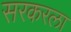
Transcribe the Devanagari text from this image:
सरकरला